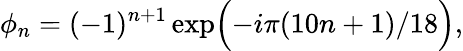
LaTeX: \phi_{n}=(-1)^{n+1}\exp\Bigl(-i\pi(10n+1)/18\Bigr),